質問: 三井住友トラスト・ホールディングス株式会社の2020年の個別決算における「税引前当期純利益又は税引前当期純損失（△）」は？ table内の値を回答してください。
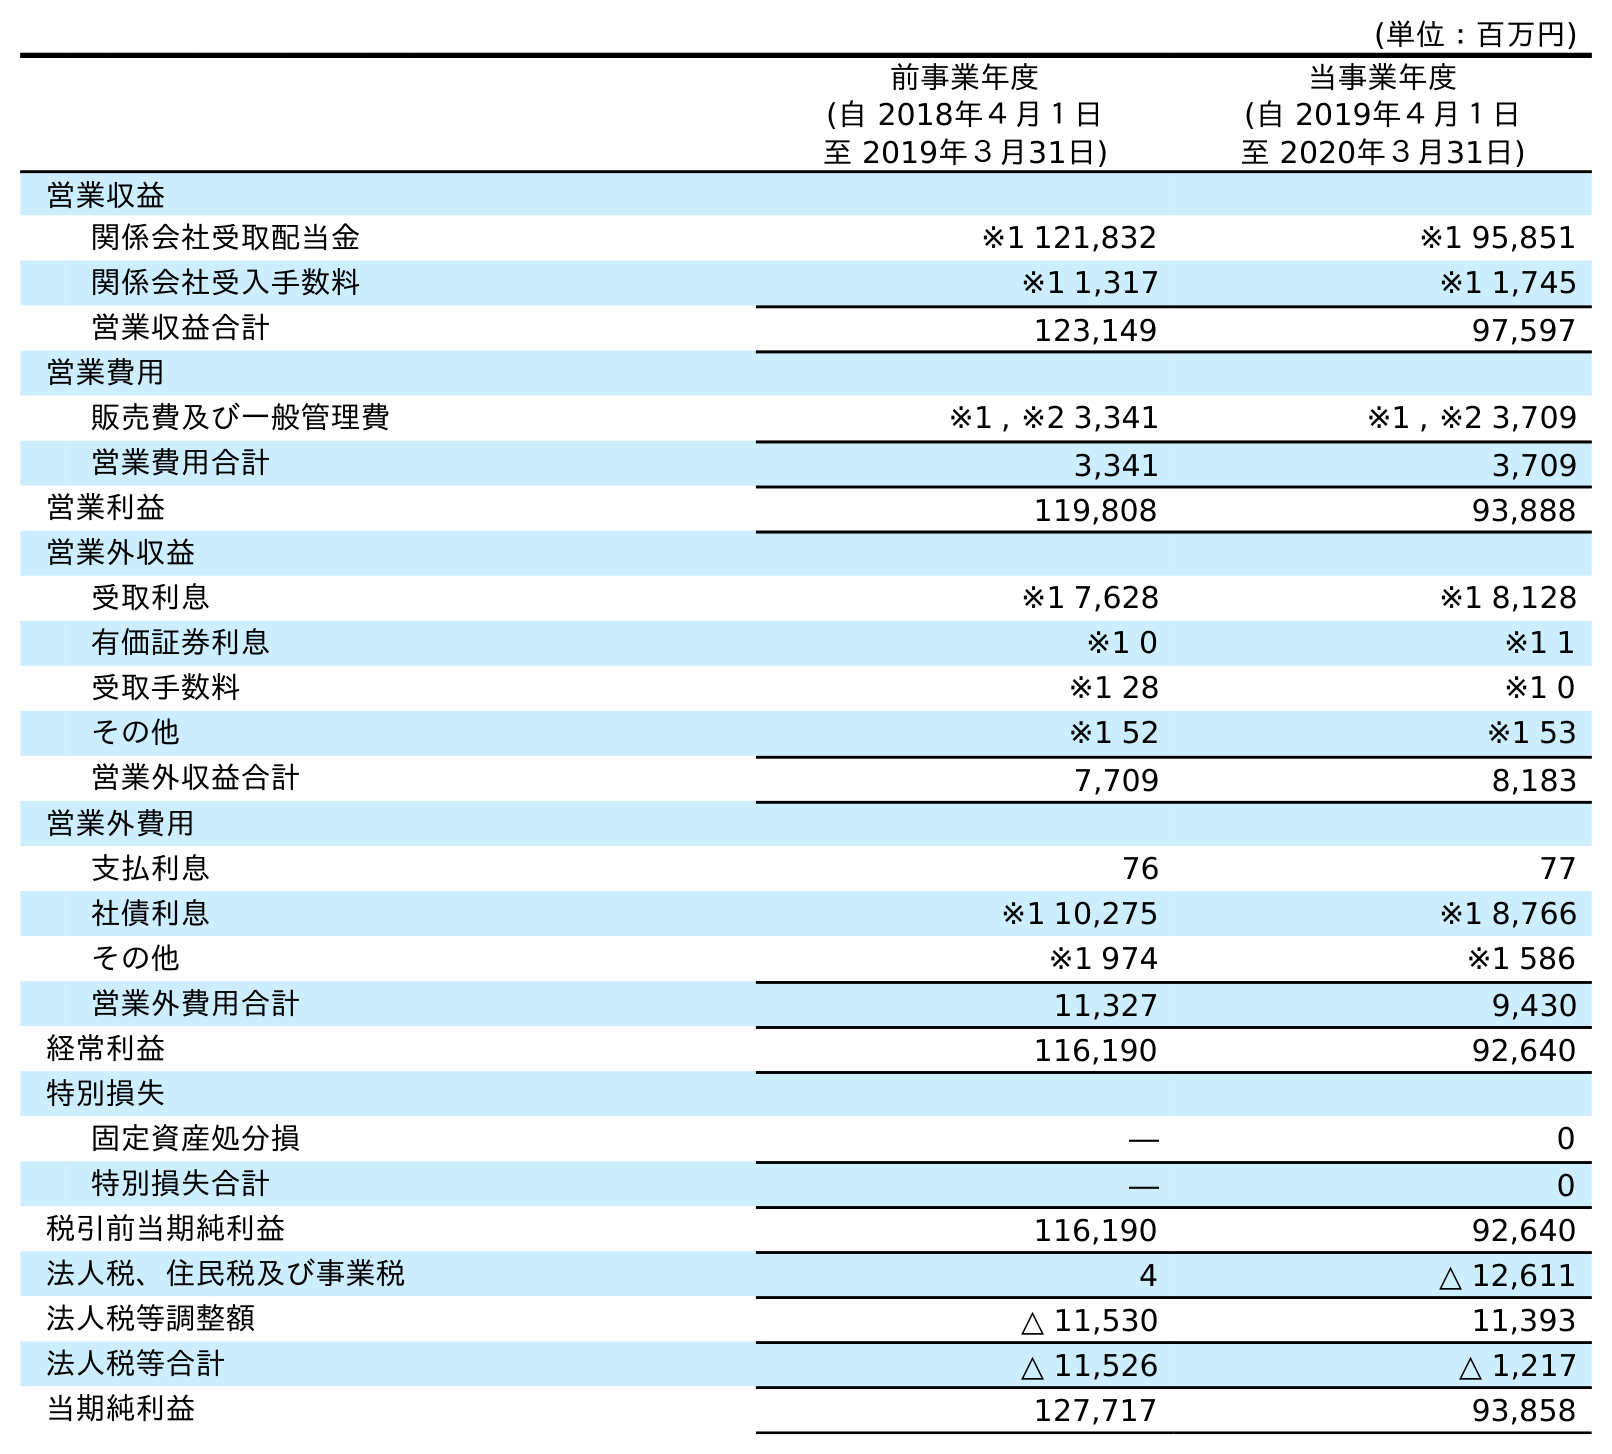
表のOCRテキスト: (単位：百万円) 前事業年度 (自 2018年４月１日 至 2019年３月31日) 当事業年度 (自 2019年４月１日 至 2020年３月31日) 営業収益 関係会社受取配当金 ※1 121,832 ※1 95,851 関係会社受入手数料 ※1 1,317 ※1 1,745 営業収益合計 123,149 97,597 営業費用 販売費及び一般管理費 ※1 , ※2 3,341 ※1 , ※2 3,709 営業費用合計 3,341 3,709 営業利益 119,808 93,888 営業外収益 受取利息 ※1 7,628 ※1 8,128 有価証券利息 ※1 0 ※1 1 受取手数料 ※1 28 ※1 0 その他 ※1 52 ※1 53 営業外収益合計 7,709 8,183 営業外費用 支払利息 76 77 社債利息 ※1 10,275 ※1 8,766 その他 ※1 974 ※1 586 営業外費用合計 11,327 9,430 経常利益 116,190 92,640 特別損失 固定資産処分損 ― 0 特別損失合計 ― 0 税引前当期純利益 116,190 92,640 法人税、住民税及び事業税 4 △ 12,611 法人税等調整額 △ 11,530 11,393 法人税等合計 △ 11,526 △ 1,217 当期純利益 127,717 93,858
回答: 92,640